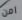
امن